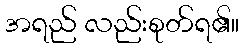
အရည် လည်းစုတ်ရ၏။